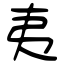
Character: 夷